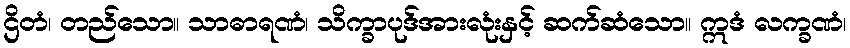
ဌိတံ၊ တည်သော။ သာဓာရဏံ၊ သိက္ခာပုဒ်အားလုံးနှင့် ဆက်ဆံသော။ ဣဒံ လက္ခဏံ၊